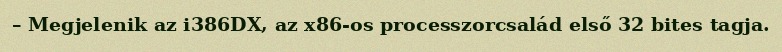
– Megjelenik az i386DX, az x86-os processzorcsalád első 32 bites tagja.